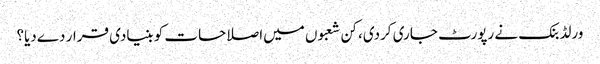
ورلڈ بنک نے رپورٹ جاری کردی، کن شعبوں میں‌اصلاحات کو بنیادی قرار دےدیا؟